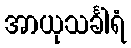
အာယုသင်္ခါရံ